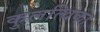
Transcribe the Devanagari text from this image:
कुलत्थिका